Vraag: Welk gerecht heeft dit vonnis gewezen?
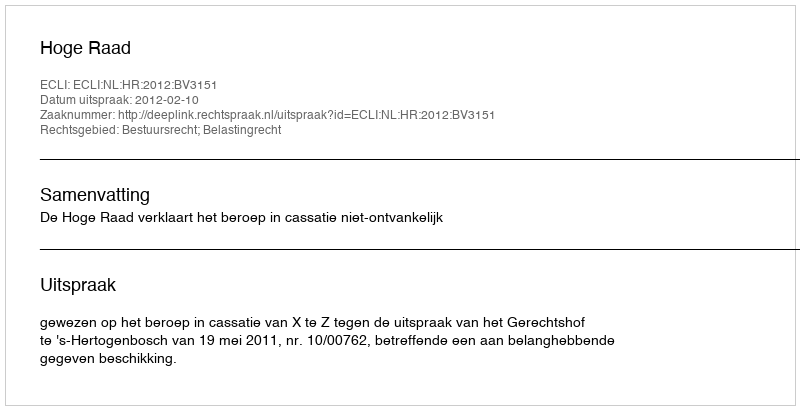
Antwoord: Hoge Raad